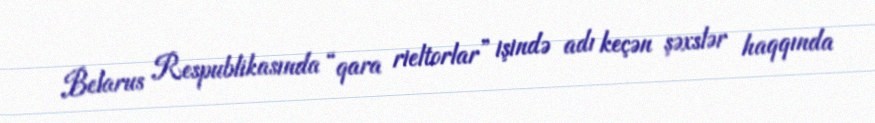
Belarus Respublikasında “qara rieltorlar” işində adı keçən şəxslər haqqında